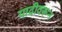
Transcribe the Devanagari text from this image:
यादीवरून